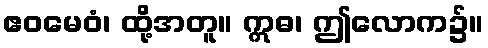
ဧဝမေဝံ၊ ထို့အတူ။ ဣဓ၊ ဤလောက၌။